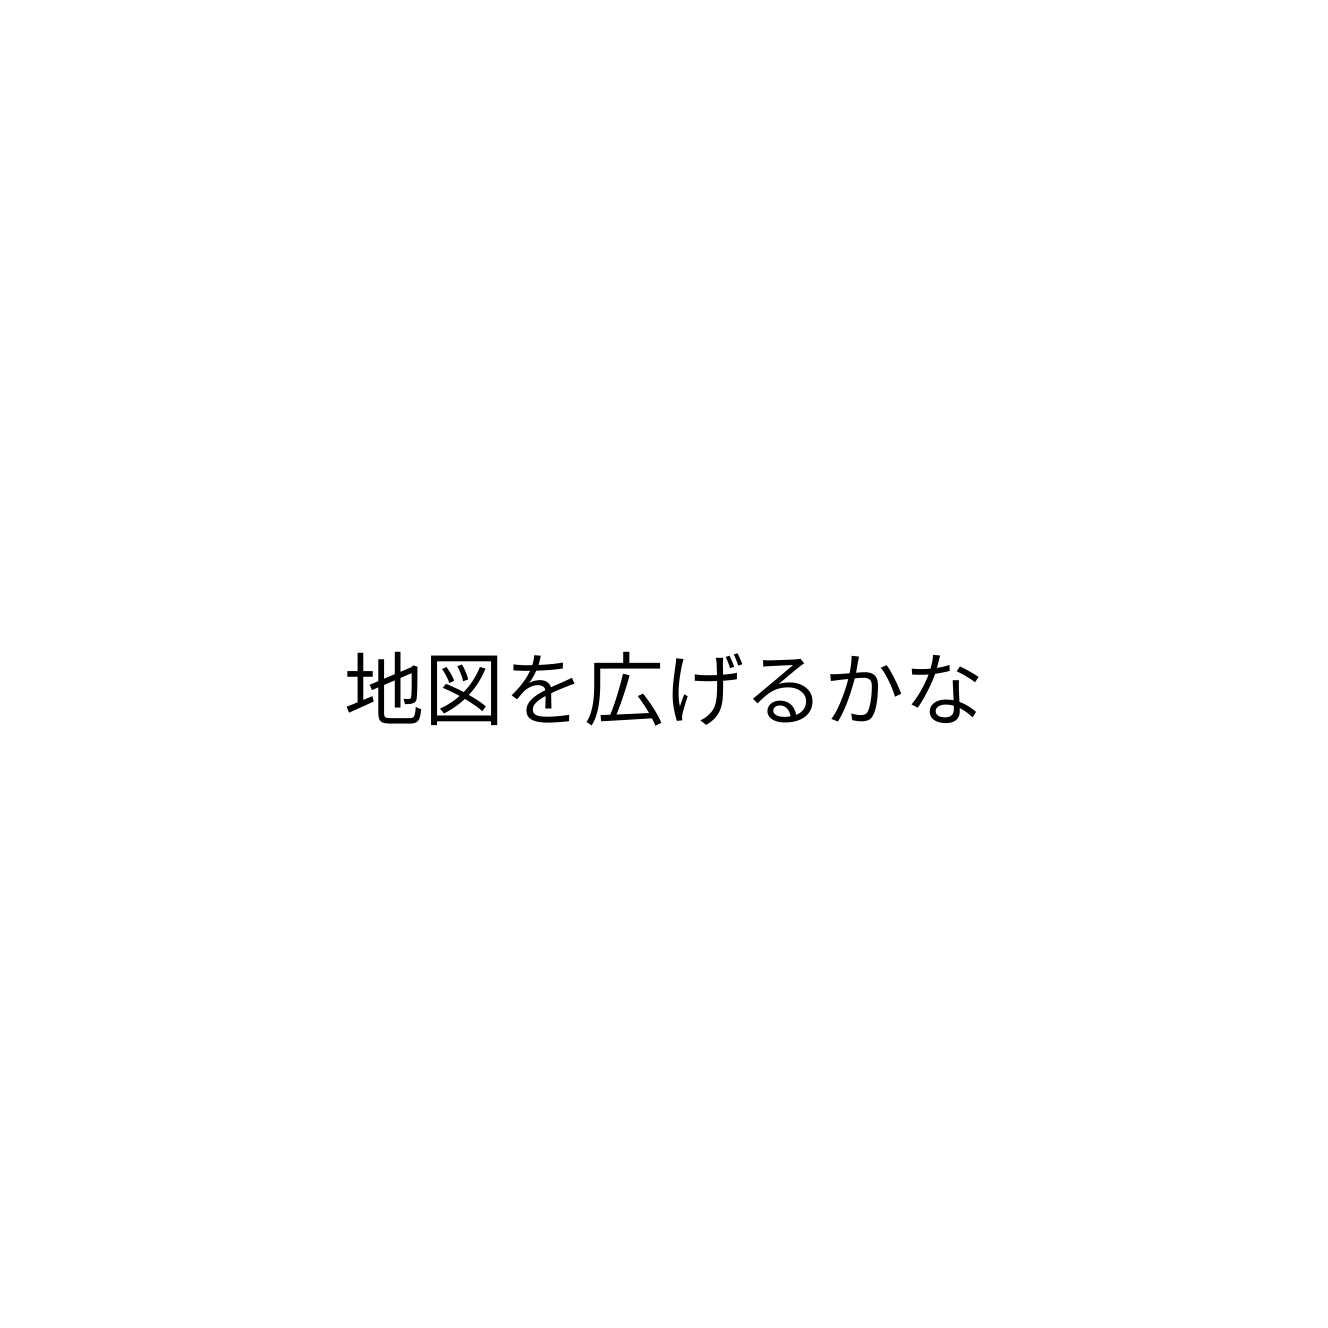
地図を広げるかな